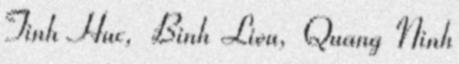
Tinh Huc, Binh Lieu, Quang Ninh